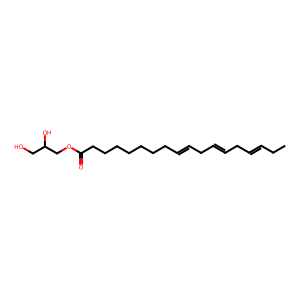
SMILES: CCC=CCC=CCC=CCCCCCCCC(=O)OCC(O)CO
Inhibits HIV replication: No